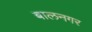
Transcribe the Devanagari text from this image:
बालनगर